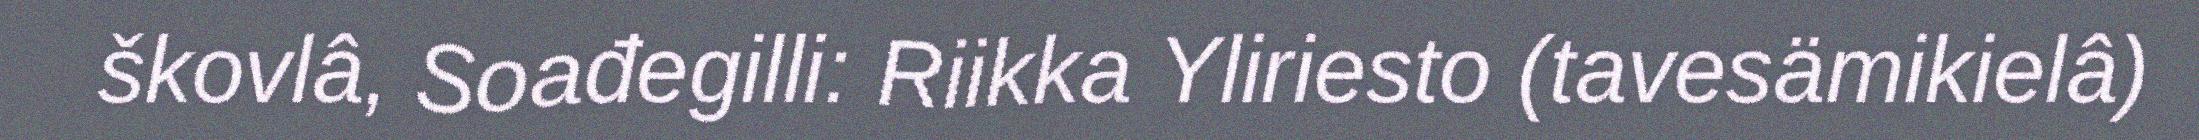
škovlâ, Soađegilli: Riikka Yliriesto (tavesämikielâ)